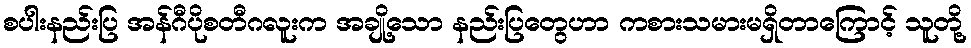
စပါးနည်းပြ အန်ဂီပိုစတီဂလူးက အချို့သော နည်းပြတွေဟာ ကစားသမားမရှိတာကြောင့် သူတို့